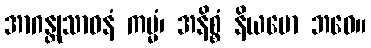
အာဂန္တုသာဓနံ ကမ္မံ၊ အနိစ္စံ နိယမော ဘဝေ။